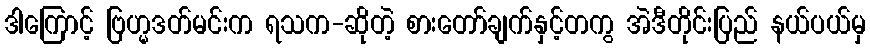
ဒါကြောင့် ဗြဟ္မဒတ်မင်းက ရသက-ဆိုတဲ့ စားတော်ချက်နှင့်တကွ အဲဒီတိုင်းပြည် နယ်ပယ်မှ